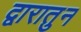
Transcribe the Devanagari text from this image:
द्वारातुन